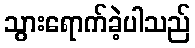
သွားရောက်ခဲ့ပါသည်